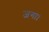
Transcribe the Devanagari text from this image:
जगा।